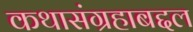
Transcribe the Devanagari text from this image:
कथासंग्रहाबद्दल